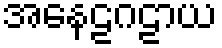
အနေဠဂဠာယ